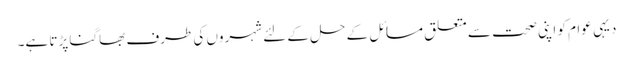
دیہی عوام کو اپنی صحت سے متعلق مسائل کے حل کے لئے شہروں کی طرف بھاگنا پڑتا ہے۔